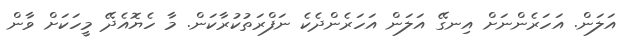
އަލަން. އަހަރެންނަށް އިނގޭ އަލަން އަހަރެންދެކެ ނަފްރަތުކުރާކަން. މާ ހެޔޮއެދޭ މީހަކަށް ވާން